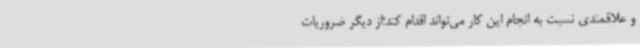
و علاقمندی نسبت به انجام این کار می‌تواند اقدام کند؛از دیگر ضروریات